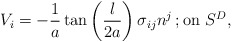
\begin{align*}V_{i}=-\frac{1}{a}\tan\left(\frac{l}{2a}\right)\sigma_{ij}n^{j}\, ; \mbox{on }S^{D},\end{align*}